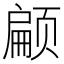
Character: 𮸸